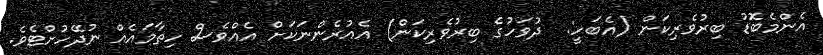
އެންމެބޮޑު ބިރުވެރިކަން (އެބަހީ:  ދުވަހުގެ ބިރުވެރިކަން) އެއުރެންނަކަށް އެއްވެސް ހިތާމައެއް ނުދޭހުށްޓެވެ.